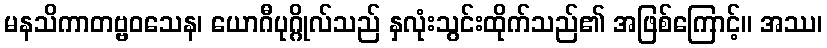
မနသိကာတဗ္ဗဝသေန၊ ယောဂီပုဂ္ဂိုလ်သည် နှလုံးသွင်းထိုက်သည်၏ အဖြစ်ကြောင့်။ အဿ၊